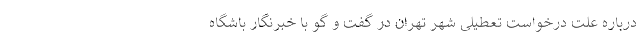
درباره علت درخواست تعطیلی شهر تهران در گفت و گو با خبرنگار باشگاه